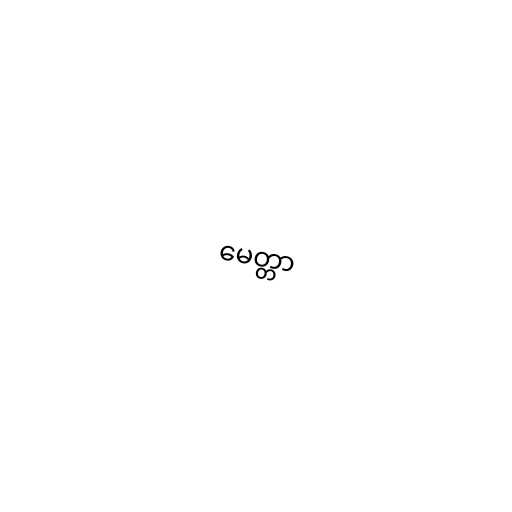
မေတ္တာ